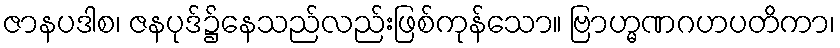
ဇာနပဒါစ၊ ဇနပုဒ်၌နေသည်လည်းဖြစ်ကုန်သော။ ဗြာဟ္မဏဂဟပတိကာ၊